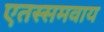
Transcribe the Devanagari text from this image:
एतस्समवाय